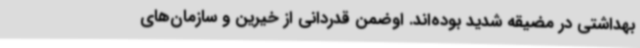
بهداشتی در مضیقه شدید بوده‌اند. اوضمن قدردانی از خیرین و سازمان‌های